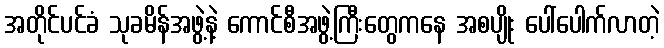
အတိုင်ပင်ခံ သုခမိန်အဖွဲ့နဲ့ ကောင်စီအဖွဲ့ကြီးတွေကနေ အစပျိုး ပေါ်ပေါက်လာတဲ့